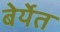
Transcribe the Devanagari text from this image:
बेर्येत